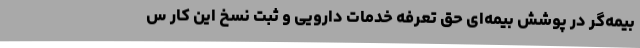
بیمه‌گر در پوشش بیمه‌ای حق تعرفه خدمات دارویی و ثبت نسخ این کار س